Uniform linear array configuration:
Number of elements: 12
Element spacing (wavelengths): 0.25
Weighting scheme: hann
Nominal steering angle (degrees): -15
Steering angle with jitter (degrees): -16.0
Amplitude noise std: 0.05
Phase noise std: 0.05

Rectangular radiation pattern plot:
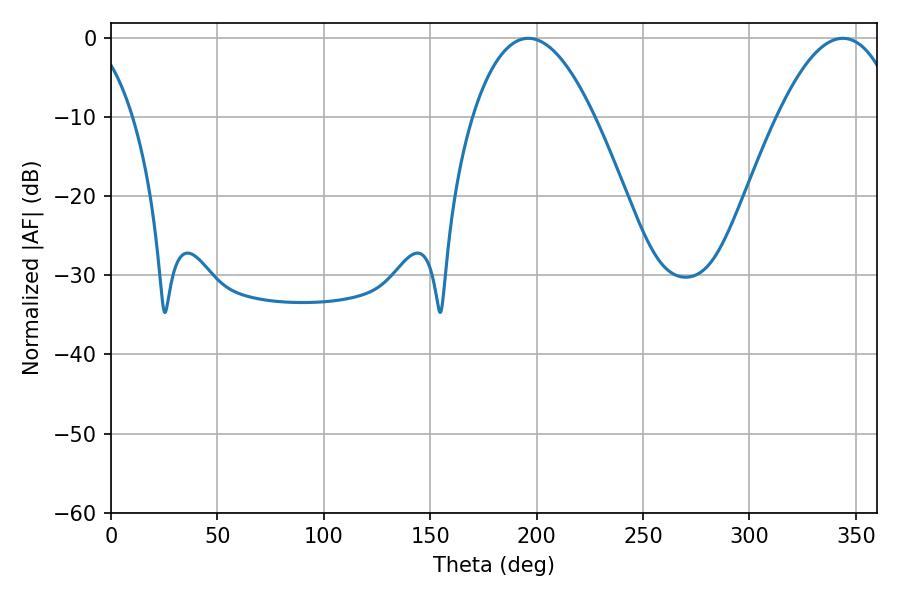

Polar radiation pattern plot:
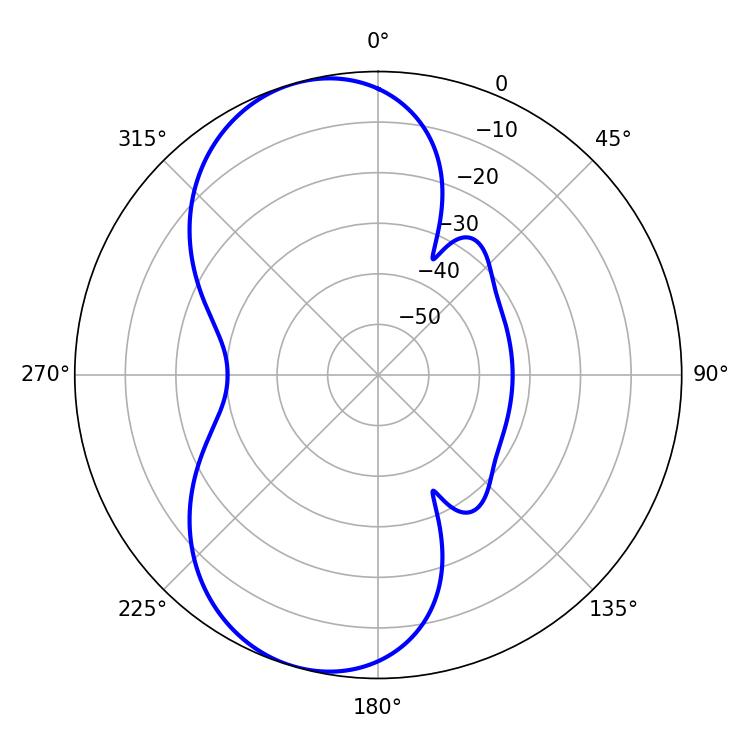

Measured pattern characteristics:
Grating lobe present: FALSE
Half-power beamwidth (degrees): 31.5
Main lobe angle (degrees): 196.02